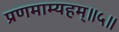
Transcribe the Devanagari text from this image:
प्रणमाम्यहम्॥५॥